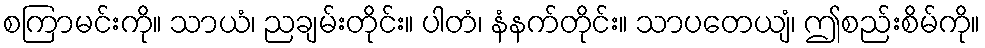
စကြာမင်းကို။ သာယံ၊ ညချမ်းတိုင်း။ ပါတံ၊ နံနက်တိုင်း။ သာပတေယျံ၊ ဤစည်းစိမ်ကို။